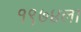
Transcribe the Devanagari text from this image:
१९७४ला